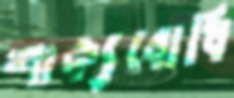
শাক্যবোধি